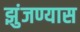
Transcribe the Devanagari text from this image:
झुंजण्यास